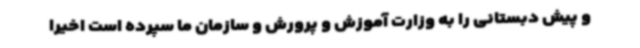
و پیش دبستانی را به وزارت آموزش و پرورش و سازمان ما سپرده است اخیرا